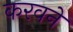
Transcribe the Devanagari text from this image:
करवने